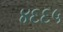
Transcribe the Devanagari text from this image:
४६६५